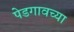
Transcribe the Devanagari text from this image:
पेडगावच्या